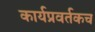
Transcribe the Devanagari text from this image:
कार्यप्रवर्तकच